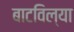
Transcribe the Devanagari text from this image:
बाटविल्या